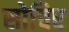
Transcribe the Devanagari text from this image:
सोचिए